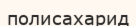
полисахарид